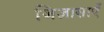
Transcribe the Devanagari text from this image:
जिज्ञासाएँ